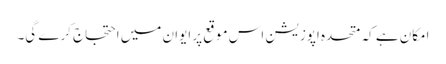
امکان ہے کہ متحدہ اپوزیشن اس موقع پر ایوان میں احتجاج کرے گی۔